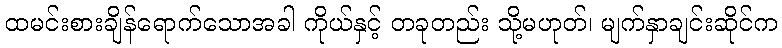
ထမင်းစားချိန်ရောက်သောအခါ ကိုယ်နှင့် တခုတည်း သို့မဟုတ်၊ မျက်နှာချင်းဆိုင်က